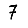
Digit: 7